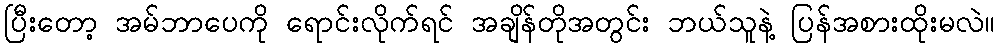
ပြီးတော့ အမ်ဘာပေကို ရောင်းလိုက်ရင် အချိန်တိုအတွင်း ဘယ်သူနဲ့ ပြန်အစားထိုးမလဲ။